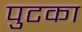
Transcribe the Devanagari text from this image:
पुटका